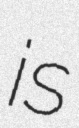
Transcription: is